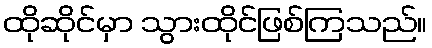
ထိုဆိုင်မှာ သွားထိုင်ဖြစ်ကြသည်။